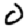
Digit: 0